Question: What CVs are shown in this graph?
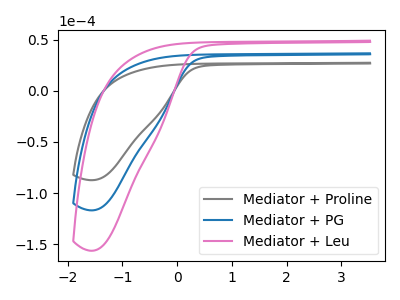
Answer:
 <answer>The gray curve is labeled "Mediator + Proline". The blue curve is labeled "Mediator + PG". The pink curve is labeled "Mediator + Leu".</answer>
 <eval></eval>